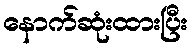
နောက်ဆုံးထားပြီး